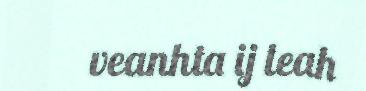
veanhta ij leah